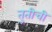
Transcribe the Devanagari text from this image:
तुतीची